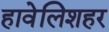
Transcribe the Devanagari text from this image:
हावेलिशहर